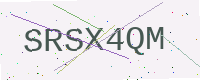
Text: SRSX4QM